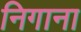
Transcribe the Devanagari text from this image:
निगाना